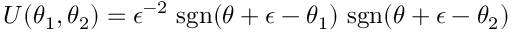
U ( \theta _ { 1 } , \theta _ { 2 } ) = \epsilon ^ { - 2 } \mathrm { ~ s g n } ( \theta + \epsilon - \theta _ { 1 } ) \mathrm { ~ s g n } ( \theta + \epsilon - \theta _ { 2 } )